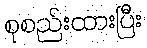
စုစည်းထားပြီး